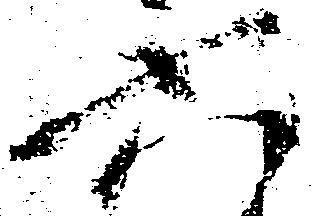
六